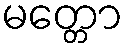
မတ္တော